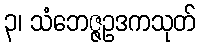
၃၊ သံဘေဇ္ဇဥဒကသုတ်